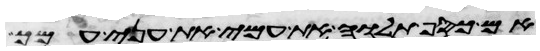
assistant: אם כסף תלוה את עמי את עני עמך